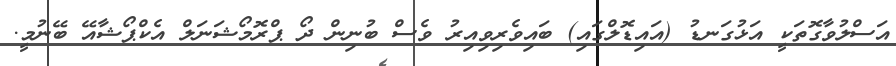
އަސްލުވާގޮތަކީ އަޅުގަނޑު (އައިޑޮލްގައި) ބައިވެރިވިއިރު ވެސް ބުނިން ދޯ ޕްރޮމޯޝަނަލް އެކްޕޯޝާއޭ ބޭނުމީ.